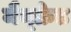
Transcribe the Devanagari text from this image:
मैन्फ्रेड